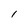
Character: l